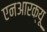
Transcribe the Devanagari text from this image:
एनआरक्यू